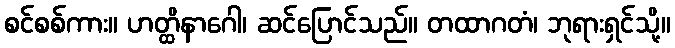
စင်စစ်ကား။ ဟတ္ထိနာဂေါ၊ ဆင်ပြောင်သည်။ တထာဂတံ၊ ဘုရားရှင်သို့။